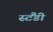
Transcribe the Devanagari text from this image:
स्टैंडी